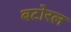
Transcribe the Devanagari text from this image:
बटोरल